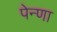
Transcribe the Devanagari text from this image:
पेन्णा